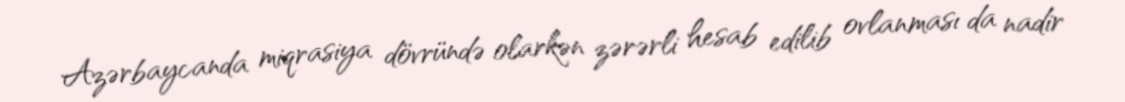
Azərbaycanda miqrasiya dövründə olarkən zərərli hesab edilib ovlanması da nadir